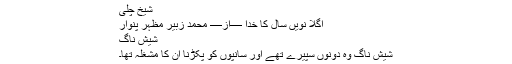
شیخ چلی
اگلا نویں سال کا خدا —از— محمد زبیر مظہر پنوار
شیش ناگ
شیش ناگ وہ دونوں سپیرے تھے اور سانپوں کو پکڑنا ان کا مشغلہ تھا۔